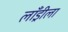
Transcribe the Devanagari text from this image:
लाँड्रीला